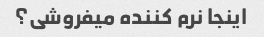
اینجا نرم کننده میفروشی؟